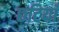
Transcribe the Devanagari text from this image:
छटियाँ